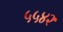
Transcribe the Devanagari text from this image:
५५४२